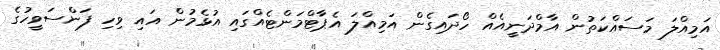
އަމިއްލަ މަސައްކަތުން އާމްދަނީއެއް ހޯދައިގެން އަމިއްލަ އެޕާޓްމަންޓެއްގައި އުޅެމުން އައި ވިހި ފަންސަވީހުގެ